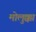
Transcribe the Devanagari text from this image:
मोलुक्का